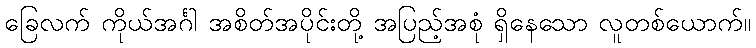
ခြေလက် ကိုယ်အင်္ဂါ အစိတ်အပိုင်းတို့ အပြည့်အစုံ ရှိနေသော လူတစ်ယောက်။